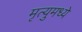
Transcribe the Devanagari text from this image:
मृत्युमध्ये